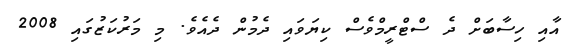
އާއި ހިސާބަށް ދެ ސްޓްރީމްވެސް ކިޔަވައި ދެމުން ދެއެވެ. މި މަރުކަޒުގައި 2008